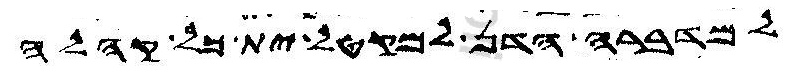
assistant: למדברה הדן למקטל ית כל קהלה